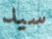
سيد